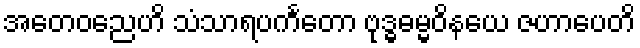
အတေဝညေဟိ သံသာရပင်္ကတော ဗုဒ္ဓဓမ္မဝိနယေ ဇဟာပေတိ